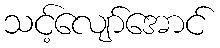
သင့်လျော်အောင်